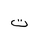
Letter: _ta